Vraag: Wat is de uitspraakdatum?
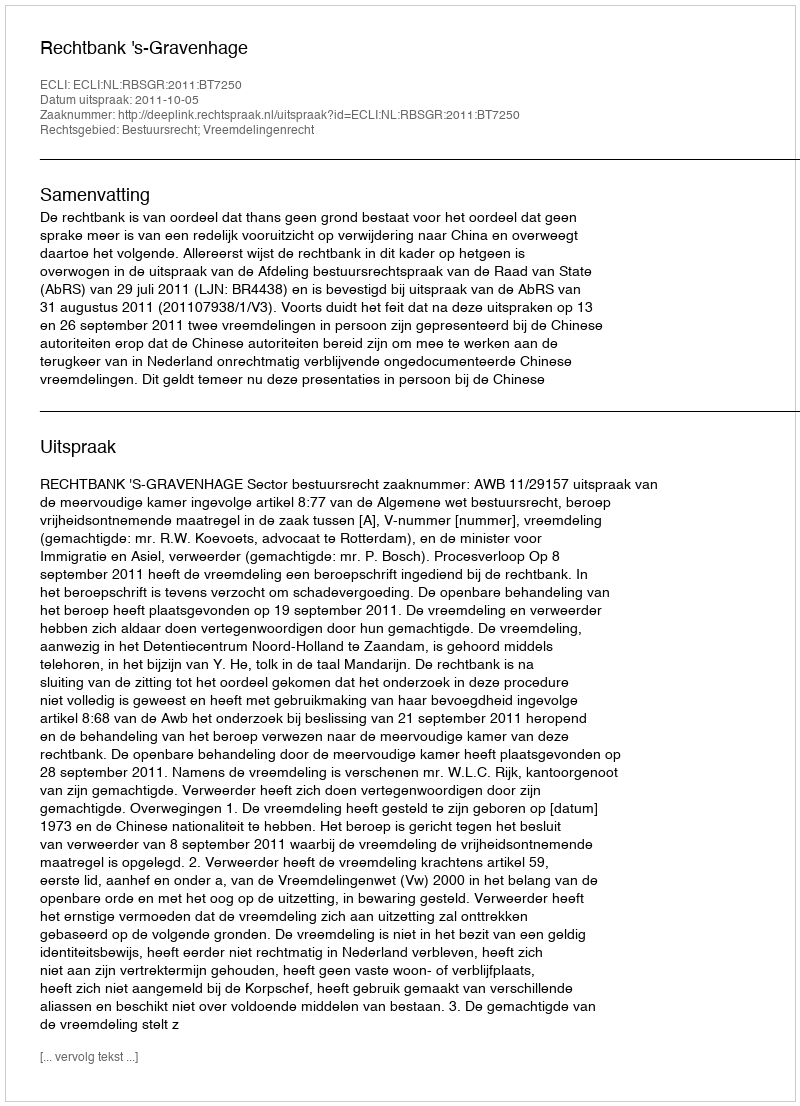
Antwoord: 2011-10-05